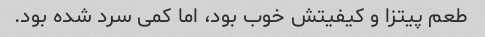
طعم پیتزا و کیفیتش خوب بود، اما کمی سرد شده بود.